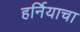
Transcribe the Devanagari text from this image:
हर्नियाचा